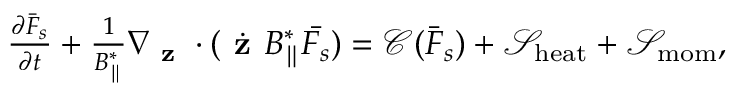
\begin{array} { r } { \frac { \partial \bar { F } _ { s } } { \partial t } + \frac { 1 } { B _ { \parallel } ^ { * } } \nabla _ { \textbf { z } } \cdot ( \dot { \textbf { z } } B _ { \parallel } ^ { * } \bar { F _ { s } } ) = \mathcal { C } ( \bar { F } _ { s } ) + \mathcal { S } _ { \mathrm { h e a t } } + \mathcal { S } _ { \mathrm { \mathrm { m o m } } } , } \end{array}